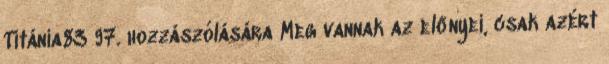
Titánia83 97. hozzászólására Meg vannak az előnyei, csak azért